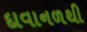
દાવાનળથી